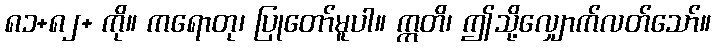
၈၁+၈၂+ ကို။ ကရောတု၊ ပြုတော်မူပါ။ ဣတိ၊ ဤသို့လျှောက်လတ်သော်။